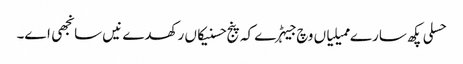
حسلی پکھ سارے ممیلیاں وچ جیہڑے کہ پنج حسنیکاں رکھدے نیں سانجھی اے۔